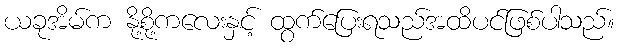
ယခုအိမ်က နို့စို့ကလေးနှင့် ထွက်ပြေးရသည်အထိပင်ဖြစ်ပါသည်။